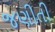
જણીતી